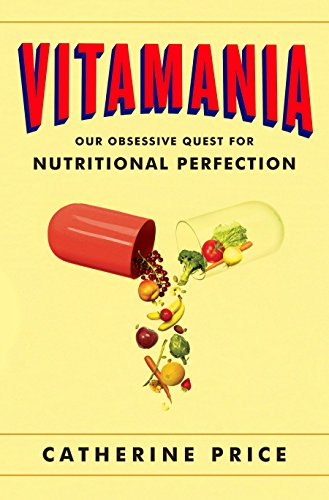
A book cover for Vitamania: Our Obsessive Quest For Nutritional Perfection; Catherine Price; Health, Fitness & Dieting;